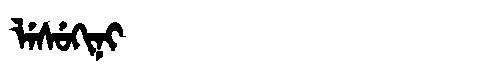
Manchu: ᠯᡝᠰᡠᡴᡳᠨᡳ
Romanization: LESUKINI